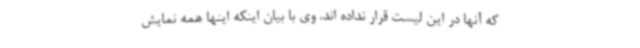
که آنها در این لیست قرار نداده اند. وی با بیان اینکه اینها همه نمایش